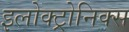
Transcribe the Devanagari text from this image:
इलोक्ट्रोनिक्स